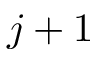
j + 1